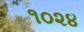
૧૦૨૪